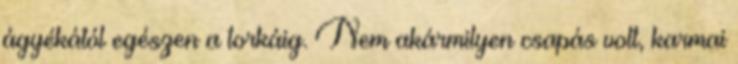
ágyékától egészen a torkáig. Nem akármilyen csapás volt, karmai